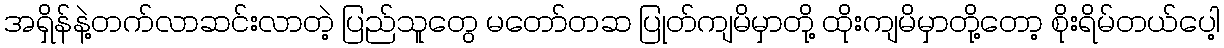
အရှိန်နဲ့တက်လာဆင်းလာတဲ့ ပြည်သူတွေ မတော်တဆ ပြုတ်ကျမိမှာတို့ ထိုးကျမိမှာတို့တော့ စိုးရိမ်တယ်ပေါ့